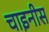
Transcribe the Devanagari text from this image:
चाइनीस